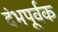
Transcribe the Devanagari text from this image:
दंभपूर्वक